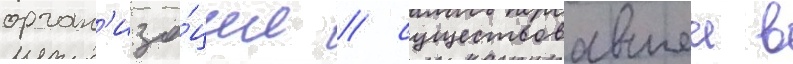
орган'иза́ции / существовавшеи в